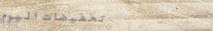
تخفيضات اليوم